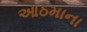
આઠમાના